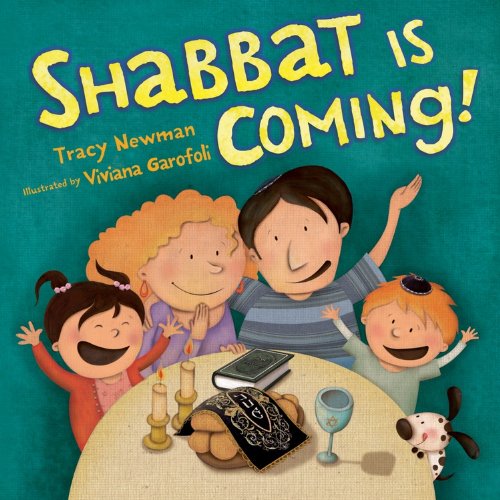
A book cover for Shabbat Is Coming!; Tracy Newman; Children's Books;